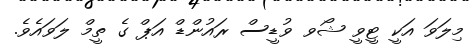
މިލަވަ އަކީ ޓީވީ ޝޯވ ވުޑީސް ރައުންޑް އަޕް ގެ ތީމް ލަވައެވެ.